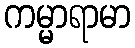
ကမ္မာရာမာ